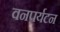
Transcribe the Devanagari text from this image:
वनपर्यटन